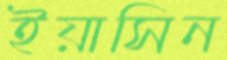
ইয়াসিন